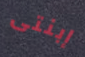
إبنتى